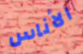
الأناس